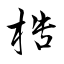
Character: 梏